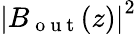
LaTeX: {\left|B_{\mathrm{~o~u~t~}}(z)\right|}^{2}